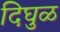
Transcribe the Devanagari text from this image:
दिघुळ